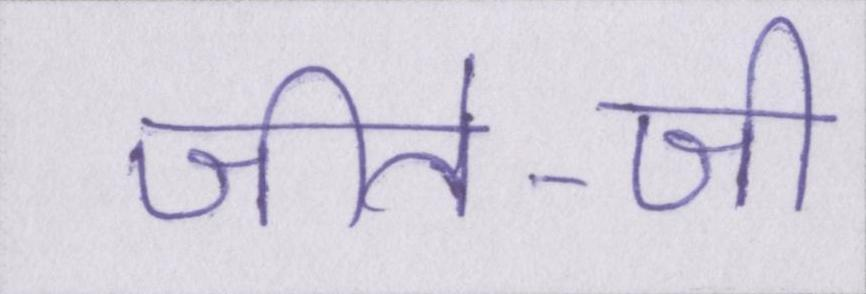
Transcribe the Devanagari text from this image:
जीते-जी